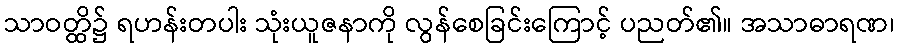
သာဝတ္ထိ၌ ရဟန်းတပါး သုံးယူဇနာကို လွန်စေခြင်းကြောင့် ပညတ်၏။ အသာဓာရဏ၊